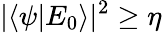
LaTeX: |\langle\psi|E_{0}\rangle|^{2}\ge\eta